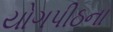
યોગપીઠના